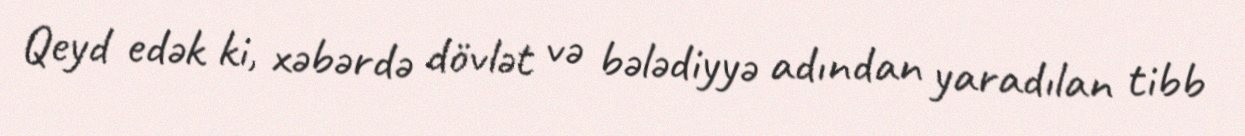
Qeyd edək ki, xəbərdə dövlət və bələdiyyə adından yaradılan tibb